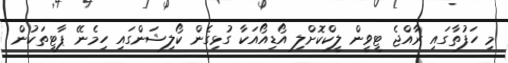
މި ހަފުތާގައި ރާއްޖެ ޓީވީން ލީކްކޮށްލި އޯޑިއޯއަކާ ގުޅިގެން ކޯލިޝަންގައި ހިމެނޭ ޕާޓީތަކުން